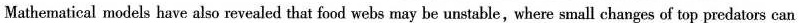
Mathematical models have also revealed that food webs may be unstable,where small changes of top predators can